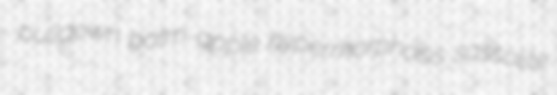
pulldown balm-apple hypermorphosis sassolite